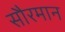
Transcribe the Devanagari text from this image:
सौरमान